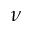
\nu